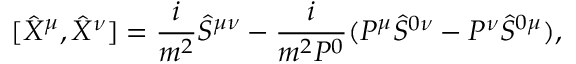
[ \hat { X } ^ { \mu } , \hat { X } ^ { \nu } ] = \frac { i } { m ^ { 2 } } \hat { S } ^ { \mu \nu } - \frac { i } { m ^ { 2 } P ^ { 0 } } ( P ^ { \mu } \hat { S } ^ { 0 \nu } - P ^ { \nu } \hat { S } ^ { 0 \mu } ) ,